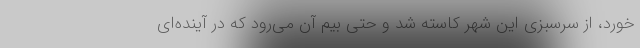
خورد، از سرسبزی این شهر کاسته شد و حتی بیم آن می‌رود که در آینده‌ای